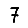
Digit: 7